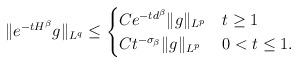
LaTeX: \begin{align*}\|e^{-tH^\beta} g\|_{L^q} \le \begin{cases}C e^{-td^\beta} \|g\|_{L^p} & t\geq 1\\ C t^{-\sigma_\beta} \|g\|_{L^p} & 0<t\leq 1.\end{cases} \end{align*}